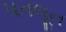
પતલૂન